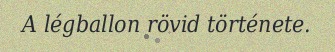
A légballon rövid története.